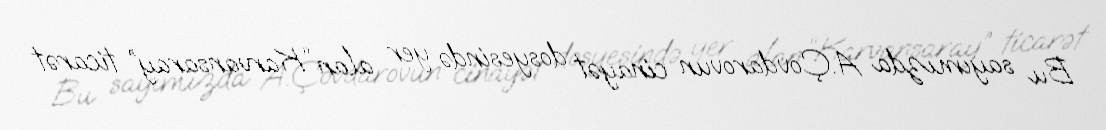
Bu sayımızda A.Çovdarovun cinayət dosyesində yer alan “Karvansaray” ticarət